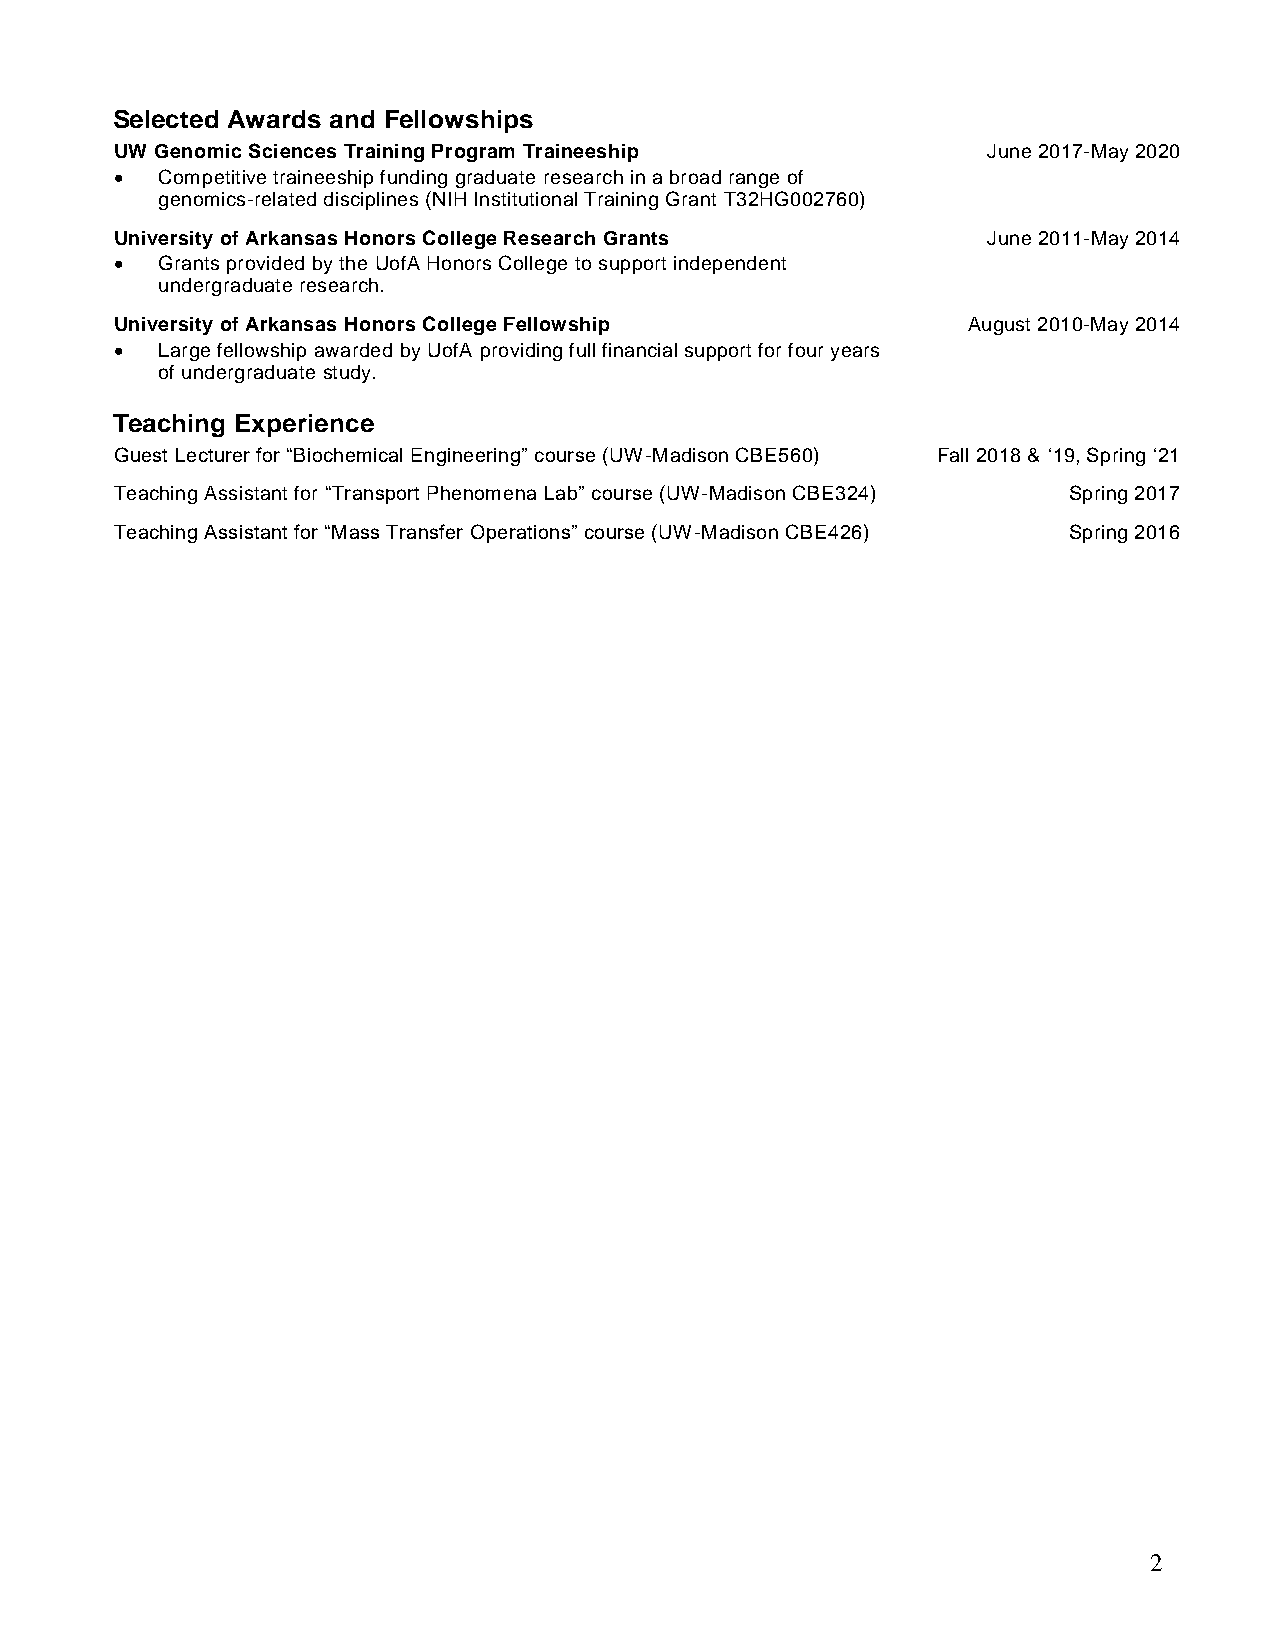
Selected Awards and Fellowships
 UW Genomic Sciences Training Program Traineeship         June 2017-May 2020
 • Competitive traineeship funding graduate research in a broad range of
 genomics-related disciplines (NIH Institutional Training Grant T32HG002760)
 University of Arkansas Honors College Research Grants    June 2011-May 2014
 • Grants provided by the UofA Honors College to support independent
 undergraduate research.
 University of Arkansas Honors College Fellowship        August 2010-May 2014
 • Large fellowship awarded by UofA providing full financial support for four years
 of undergraduate study.
 Teaching Experience
 Guest Lecturer for “Biochemical Engineering” course (UW-Madison CBE560) Fall 2018 & ‘19, Spring ‘21
 Teaching Assistant for “Transport Phenomena Lab” course (UW-Madison CBE324) Spring 2017
 Teaching Assistant for “Mass Transfer Operations” course (UW-Madison CBE426) Spring 2016
 2